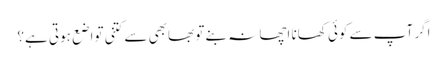
اگر آپ سے کوئی کھانا اچھا نہ بنے تو بھابھی سے کتنی تواضع ہوتی ہے؟